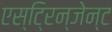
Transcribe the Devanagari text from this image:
एस्टि्रन्जेन्ट